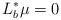
LaTeX: \begin{align*}L_b^{*}\mu=0\end{align*}